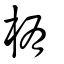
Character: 栯